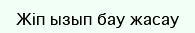
Жіп ызып бау жасау